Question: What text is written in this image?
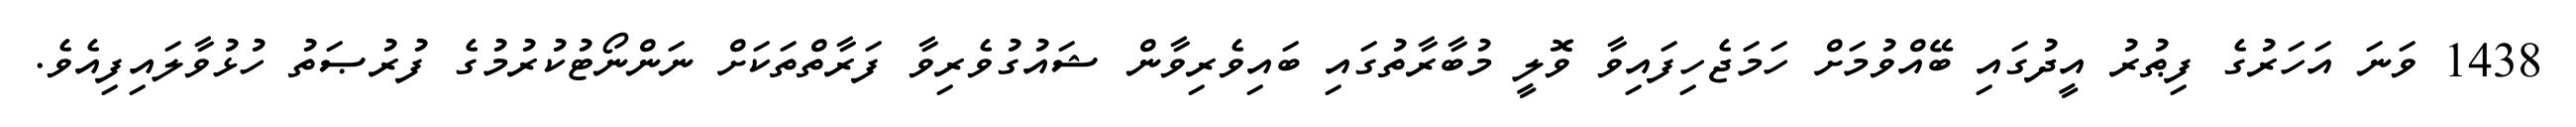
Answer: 1438 ވަނަ އަހަރުގެ ފިޠުރު އީދުގައި ބޭއްވުމަށް ހަމަޖެހިފައިވާ ވޮލީ މުބާރާތުގައި ބައިވެރިވާން ޝައުގުވެރިވާ ފަރާތްތަކަށް ނަންނޯޓުކުރުމުގެ ފުރުޞަތު ހުޅުވާލައިފިއެވެ.